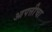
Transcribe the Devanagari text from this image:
आपत्तीचा